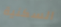
السكنية